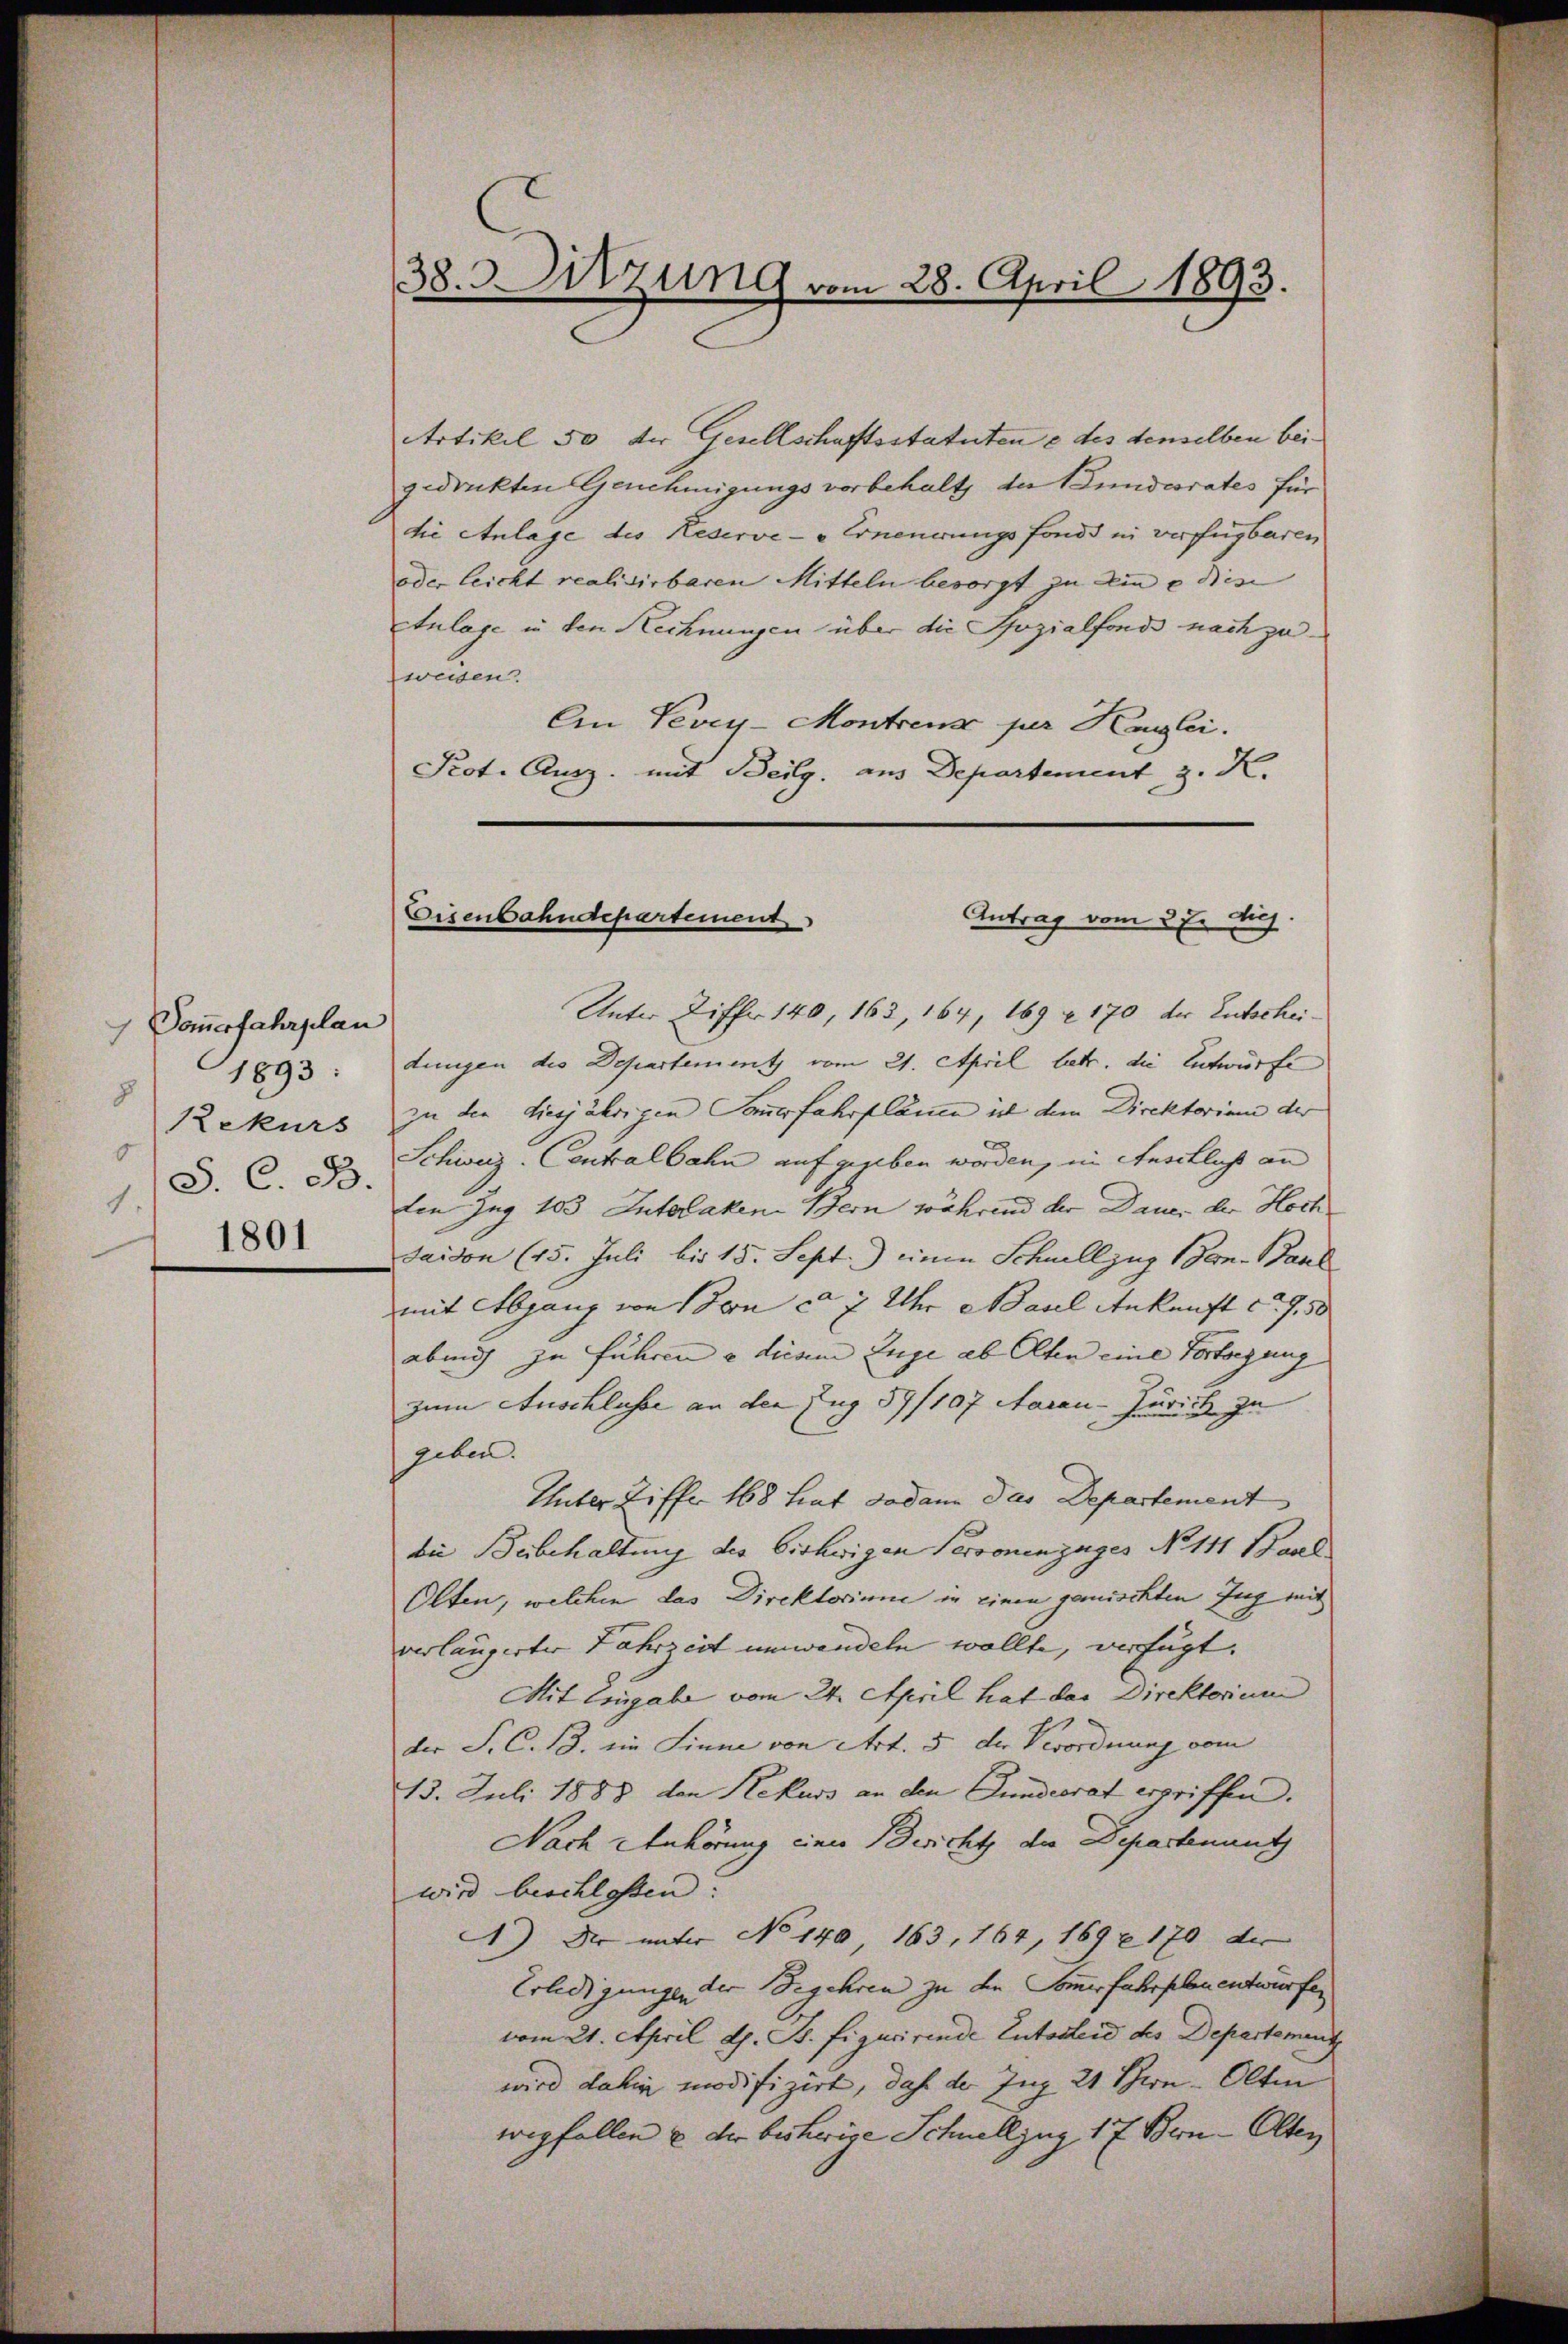
Dammerfahrplan
1893.
8
Rekurs
6
1.
1801

Artikel 50 der Gesellschaftsstatuten e des denselben beigedruckten Genehmigungsvorbehalt der Bundesrates für
die Anlage des Keserve-Erneuerungsfonds in verfügbaren
oder leicht realisirbaren Mitteln besorgt zu ein e dis
Anlage in den Rechnungen über die Sozialfonds nach zuzweisen.
An Vevey-Montrenz per Henglei
Prot. Ausz. mit Beilg. aus Departement z. K.

38. Sitzung vom 28. April 1893.

Eisenbahndepartement
Antrag vom 3 te huj.

Unter Ziffer 140, 163, 164, 169 n 170 der Entscheidungen die Departement vom 21. April betr. die Entwürfe
zu den diesjährigen Sammerfahrplänen ist dem Direktorium der
Schweiz. Centralbahn auf gegeben worden, in Anschlich an
D. C. R. den Jag 103 Iutobaken Bern während der Dauer der Hoch
Taidon (15. Juli bis 15. Sept.) einen Schnellzug Bern. Baul
mit Abgang von Son ca 7 Uhr Maul Ankunft d. 7 50
abend zu führen u diesem Zuge ab Olten eine Vortregung
zum Auschlusse an den Zug 57/107 Aarau-Zürich zu
geben.
Unter Ziffer 168 hat sodann das Departement
die Beibehaltung des bishwigen Personenzuges No 111 Band
Olten, welchen das Direktorinne in einen gemischten Zug mit
verlängerter Fahrzeit umwandeln wollte, verfügt.
Mit Eingabe vom 24. April hat das Direktorium
der F. C. 13. ein Linne von Art. 5 der Verordnung vom
13. Juli 1888 den Rekurs an den Sundierat ergriffen. |
Nach Anhörung einer Bericht die Departenant
wird beschlossen?
) Der unter No 140, 163, 164, 169 n 170 de
Erledigungen der Begehren zu den Sommerfahrschen entwürfen
vom 21. April d. B. figurirende Entscheid des Departement
wird dahin modifizirt, daß der Ing 21 Schwe- Olten
wegfallen & der bisherige Schnellzug 17 Bern-Olten